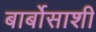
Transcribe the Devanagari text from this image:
बार्बोसाशी